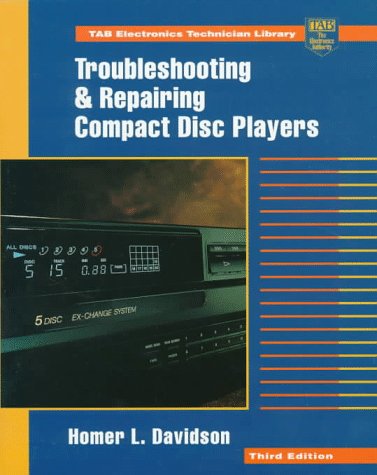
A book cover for Troubleshooting and Repairing Compact Disc Players; Homer L. Davidson; Crafts, Hobbies & Home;